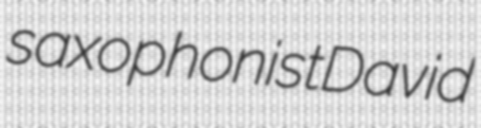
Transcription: saxophonist David